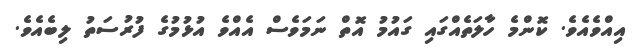
އިއްވެއެވެ. ކޮންމެ ހާލަތެއްގައި ގައުމު އޮތް ނަމަވެސް އެއްވެ އުޅުމުގެ ފުރުސަތު ލިބެއެވެ.